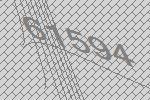
61594